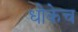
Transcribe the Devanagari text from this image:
धोकेच